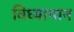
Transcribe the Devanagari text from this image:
विध्यामान